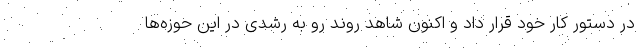
در دستور کار خود قرار داد و اکنون شاهد روند رو به رشدی در این حوزه‌ها